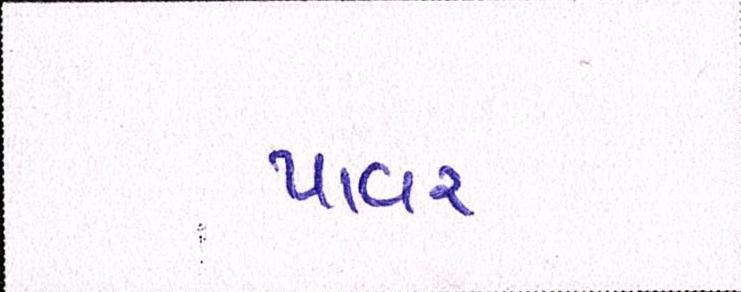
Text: પાવર